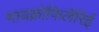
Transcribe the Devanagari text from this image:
मायक्रोफिलेरिई